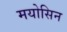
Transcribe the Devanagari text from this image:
मयोसिन